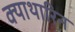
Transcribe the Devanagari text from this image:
क्याथारिन